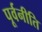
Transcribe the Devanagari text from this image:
पूर्वनीति